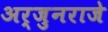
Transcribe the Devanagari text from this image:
अर्जुनराजे